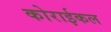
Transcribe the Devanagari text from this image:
कोराईकल